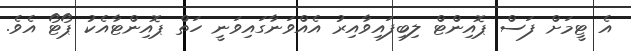
އެ ޓީމަށް ފަސް ޕޮއިންޓް ލިބިފައިވާއިރު އެއްވަނާގައިވަނީ ހަތް ޕޮއިންޓާއެކު ޕޯޓޯ އެވެ.